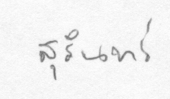
สุรินทร์